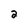
Character: a